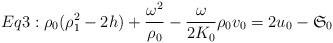
LaTeX: \begin{align*}Eq3:\rho_{0}(\rho_{1}^{2}-2h)+\frac{\omega^{2}}{\rho_{0}}-\frac{\omega}{2K_{0}}\rho_{0}v_{0}=2u_{0}-\mathfrak{S}_{0}\ \end{align*}